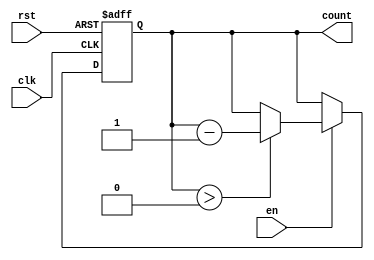
module decremental_counter #(
    parameter MAX_COUNT = 15, // Define the maximum count value (15 for a 4-bit counter)
    parameter WIDTH = 4       // Bit width of the counter
) (
    input wire clk,           // Clock input
    input wire rst,           // Asynchronous reset input
    input wire en,            // Enable input
    output reg [WIDTH-1:0] count // Current count output
);

    // Initial value of the count
    initial begin
        count = MAX_COUNT; // Initialize count to MAX_COUNT
    end

    // Asynchronous reset logic
    always @(posedge clk or posedge rst) begin
        if (rst) begin
            count <= MAX_COUNT; // Reset the count to MAX_COUNT
        end else if (en) begin
            if (count > 0) begin
                count <= count - 1; // Decrement the count if not at minimum
            end
            // If count is 0, it remains 0 (underflow condition)
        end
    end

endmodule